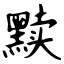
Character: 黩